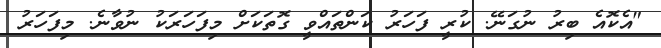
"އެކޮއެ ބިރު ނުގަނޭ. ކުރީ ފަހަރު ކަންތައްވީ ގޮތަކަށް މިފަހަރަކު ނުވާނެ. މިފަހަރު